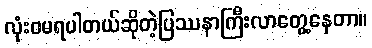
လုံးဝမရပါတယ်ဆိုတဲ့ပြဿနာကြီးလာတွေ့နေတာ။